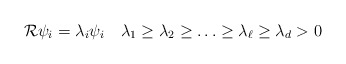
\begin{align*}\mathcal R\psi_i=\lambda_i\psi_i\quad\lambda_1\ge\lambda_2\ge\ldots\ge\lambda_\ell\ge\lambda_d>0\end{align*}